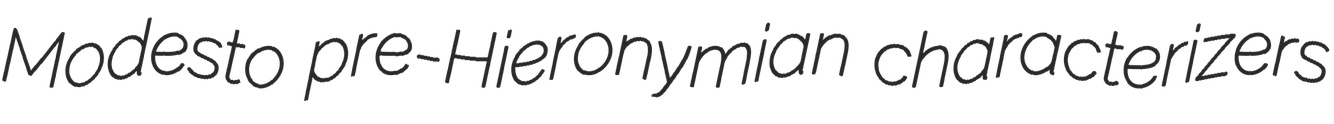
Modesto pre-Hieronymian characterizers